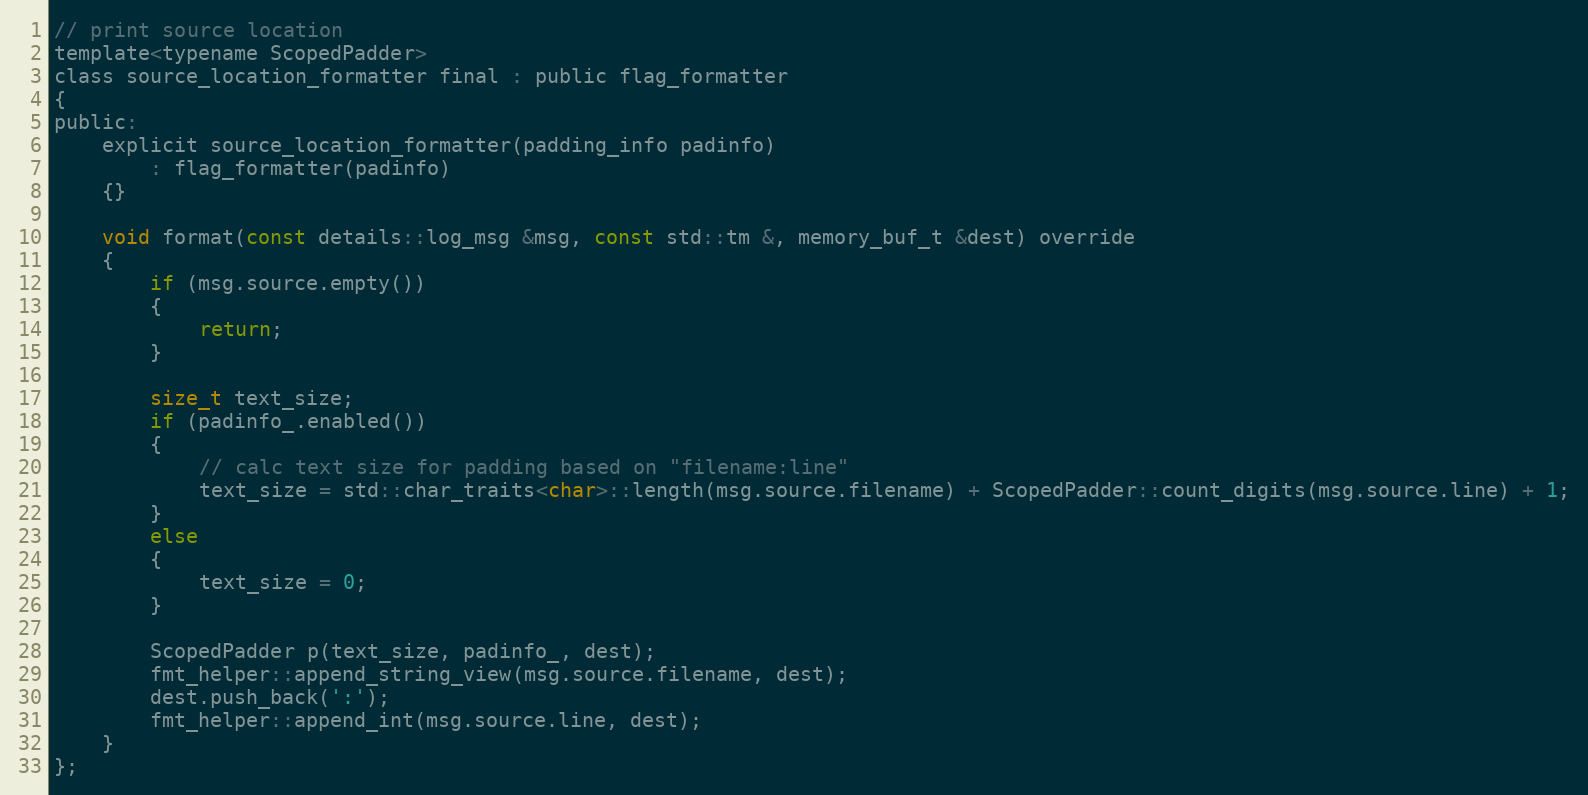
Language: C
// print source location
template<typename ScopedPadder>
class source_location_formatter final : public flag_formatter
{
public:
    explicit source_location_formatter(padding_info padinfo)
        : flag_formatter(padinfo)
    {}

    void format(const details::log_msg &msg, const std::tm &, memory_buf_t &dest) override
    {
        if (msg.source.empty())
        {
            return;
        }

        size_t text_size;
        if (padinfo_.enabled())
        {
            // calc text size for padding based on "filename:line"
            text_size = std::char_traits<char>::length(msg.source.filename) + ScopedPadder::count_digits(msg.source.line) + 1;
        }
        else
        {
            text_size = 0;
        }

        ScopedPadder p(text_size, padinfo_, dest);
        fmt_helper::append_string_view(msg.source.filename, dest);
        dest.push_back(':');
        fmt_helper::append_int(msg.source.line, dest);
    }
};